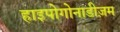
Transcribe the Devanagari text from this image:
हाइपोगोनाडीज़म